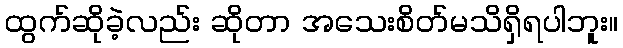
ထွက်ဆိုခဲ့လည်း ဆိုတာ အသေးစိတ်မသိရှိရပါဘူး။